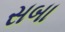
સબા